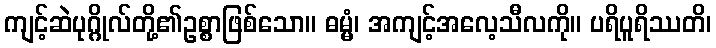
ကျင့်ဆဲပုဂ္ဂိုလ်တို့၏ဥစ္စာဖြစ်သော။ ဓမ္မံ၊ အကျင့်အလေ့သီလကို။ ပရိပူရိဿတိ၊